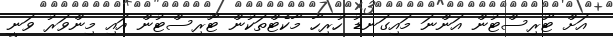
އަށް ޓޫރިސްޓުން އަންނަ މައިގަނޑު ހުރިހާ މާކެޓްތަކުން ޓޫރިސްޓުން އައި މިންވަރު ވަނީ